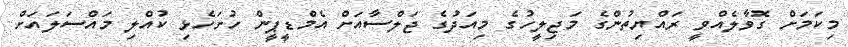
މިކަމަށް ގޮވާލެއްވީ ރައްޔިތުންގެ މަޖިލީހުގެ މިއަދުގެ ޖަލްސާއަށް އެމްޑީޕީން ހުށަހެޅި ކުއްލި މައްސަލައަށް